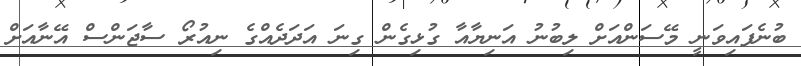
ބުނެފައިވަނީ މޭސަންއަށް ލިބުނު އަނިޔާއާ ގުޅިގެން ގިނަ އަދަދެއްގެ ނިއުރޯ ސާޖަންސް އޭނާއަށް